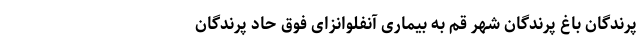
‌پرندگان باغ ‌پرندگان شهر قم به بیماری آنفلوانزای فوق حاد ‌پرندگان